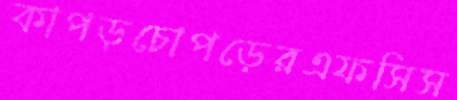
কাপড়চোপড়েরএফসিস